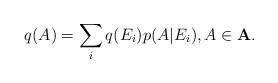
LaTeX: \begin{align*}q(A)=\sum_iq(E_i)p(A|E_i), A \in \bf{A}.\end{align*}